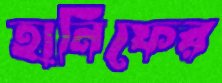
হানিফের